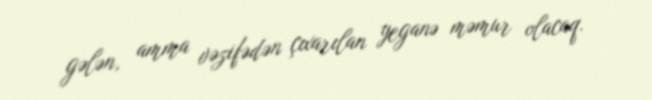
gələn, amma vəzifədən çıxarılan yeganə məmur olacaq.